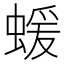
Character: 蝯